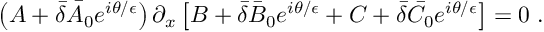
\left( A + \bar { \delta } \bar { A } _ { 0 } e ^ { i \theta / { \epsilon } } \right) \partial _ { x } \left[ B + \bar { \delta } \bar { B } _ { 0 } e ^ { i \theta / { \epsilon } } + C + \bar { \delta } \bar { C } _ { 0 } e ^ { i \theta / { \epsilon } } \right] = 0 \; .